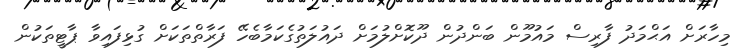
މިހާރަށް އަޙްމަދު ފާރިސް މައުމޫން ބަންދުން ދޫކޮށްލުމަށް ދައުލަތުގެކަމާބެހޭ ފަރާތްތަކަށް ގުޅިފައިވާ ޕާޓީތަކުން